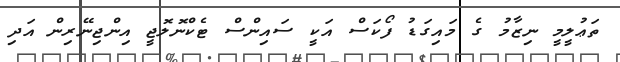
ތަޢުލީމީ ނިޒާމު ގެ މައިގަޑު ފޯކަސް އަކީ ސައިންސް ޓެކްނޮލޮޖީ އިންޖިނޭރިން އަދި